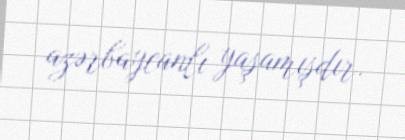
azərbaycanlı yaşamışdır.